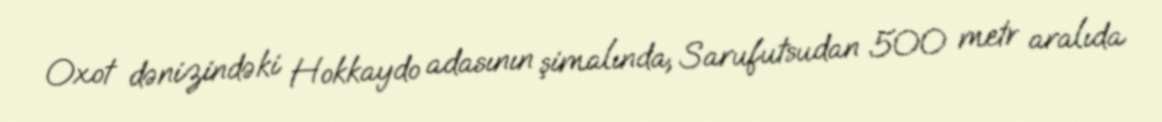
Oxot dənizindəki Hokkaydo adasının şimalında, Sarufutsudan 500 metr aralıda